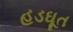
હડઘૂત